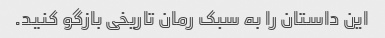
این داستان را به سبک رمان تاریخی بازگو کنید.